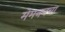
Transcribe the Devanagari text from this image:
मेमननचा